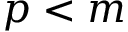
p < m